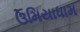
ઉમિયાધામ